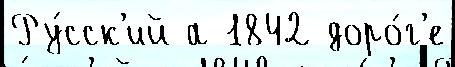
Ру́сск'ий а 1842 доро́г'е